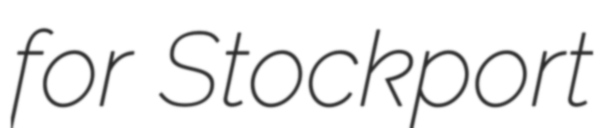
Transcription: for Stockport